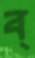
ব্